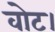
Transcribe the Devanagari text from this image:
वोट।